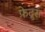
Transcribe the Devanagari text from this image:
फ़ेद्रुस